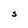
Character: S